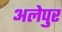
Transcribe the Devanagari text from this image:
अलेपुर